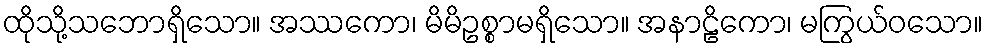
ထိုသို့သဘောရှိသော။ အဿကော၊ မိမိဥစ္စာမရှိသော။ အနာဠိကော၊ မကြွယ်ဝသော။